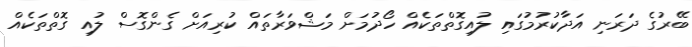
ބޭރުގެ ދަރަނި އަދާކުރުމުގައި ލުއިގޮތްތަކެއް ހޯދުމަށް މަޝްވަރާތައް ކުރިއަށް ގެންގޮސް ލުއި ގޮތްތަކެއް